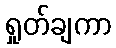
ရှုတ်ချကာ